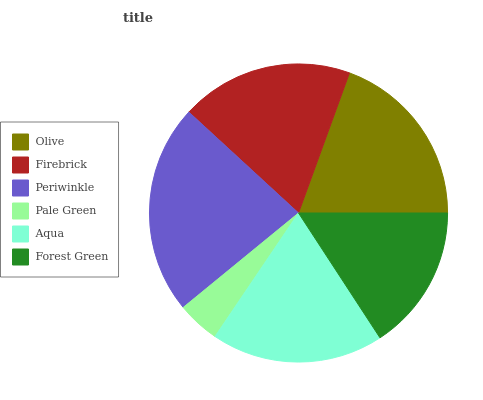
| Olive | Firebrick | Periwinkle | Pale Green | Aqua | Forest Green |
 | --- | --- | --- | --- | --- | --- |
 | 19.4% | 18.8% | 22.8% | 4.62% | 18.6% | 15.8% |